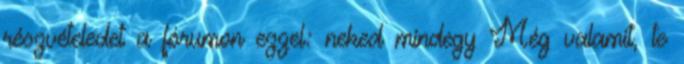
részvételedet a fórumon ezzel: neked mindegy Még valamit, te